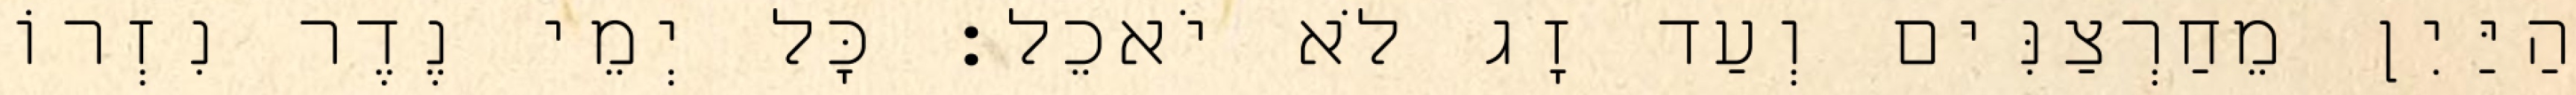
הַיַּיִן מֵחַרְצַנִּים וְעַד זָג לֹא יֹאכֵל׃ כָּל יְמֵי נֶדֶר נִזְרוֹ